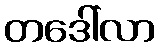
တဒေါ်လာ